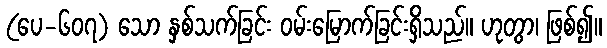
(ပေ-၆၀၇) သော နှစ်သက်ခြင်း ဝမ်းမြောက်ခြင်းရှိသည်။ ဟုတွာ၊ ဖြစ်၍။